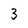
Character: 3